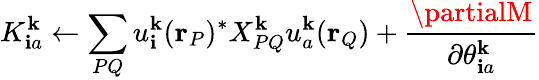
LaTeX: K_{\mathbf{i}a}^{\mathbf{{k}}}\leftarrow\sum_{PQ}u_{\mathbf{i}}^{\mathbf{{k}}}(\mathbf{{r}}_{P})^{*}X_{PQ}^{\mathbf{{k}}}u_{a}^{\mathbf{{k}}}(\mathbf{{r}}_{Q})+\frac{{\partialM}}{{\partial\theta_{\mathbf{i}a}^{\mathbf{{k}}}}}